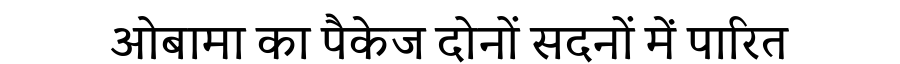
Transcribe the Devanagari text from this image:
ओबामा का पैकेज दोनों सदनों में पारित